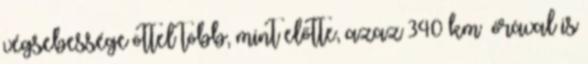
végsebessége öttel több, mint előtte, azaz 340 km órával is